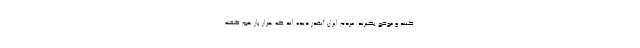
کنند و موضع بگیرند. مردم ایران آنقدر دیده اند که هزار بار هم گفته